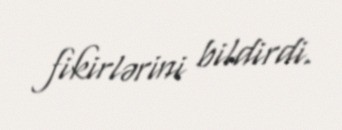
fikirlərini bildirdi.